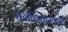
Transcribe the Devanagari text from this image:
रोगनिवारणार्थ